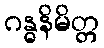
ဂန္ဓနိမိတ္တ